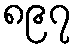
၈၉၇